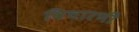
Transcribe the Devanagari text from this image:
विचारणी